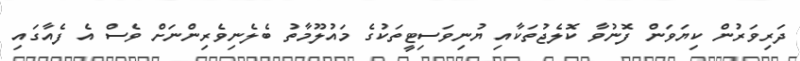
ދަރިވަރުން ކިޔަވަން ފޮނުވާ ކޮލެޖުތަކާއި ޔުނިވަސިޓީތަކުގެ މައުލޫމާތު ބެލެނިވެރިންނަށް ވެސް އެ ފެއާގައި